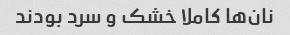
نان‌ها کاملا خشک و سرد بودند